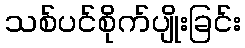
သစ်ပင်စိုက်ပျိုးခြင်း